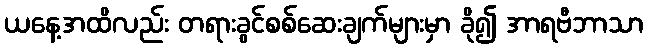
ယနေ့အထိလည်း တရားခွင်စစ်ဆေးချက်များမှာ ခို၍ အာရဗီဘာသာ